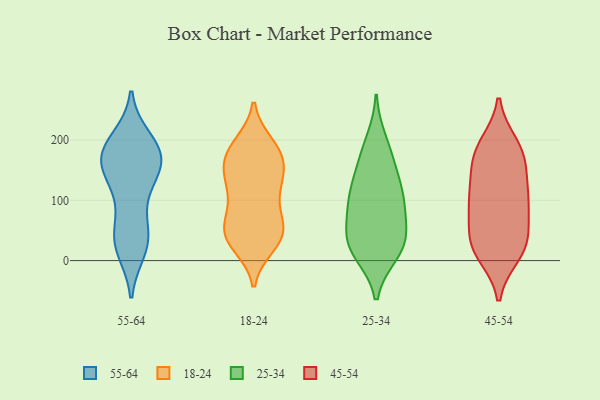
{"axis": {"x": "Website Visitors", "y": "Value"}, "legend": ["18-24", "25-34", "45-54", "55-64"], "data": [{"x": "", "y": 106, "type": "55-64"}, {"x": "", "y": 164, "type": "55-64"}, {"x": "", "y": 176, "type": "55-64"}, {"x": "", "y": 168, "type": "55-64"}, {"x": "", "y": 121, "type": "55-64"}, {"x": "", "y": 193, "type": "55-64"}, {"x": "", "y": 158, "type": "55-64"}, {"x": "", "y": 200, "type": "55-64"}, {"x": "", "y": 39, "type": "55-64"}, {"x": "", "y": 182, "type": "55-64"}, {"x": "", "y": 52, "type": "55-64"}, {"x": "", "y": 32, "type": "55-64"}, {"x": "", "y": 28, "type": "55-64"}, {"x": "", "y": 150, "type": "55-64"}, {"x": "", "y": 19, "type": "55-64"}, {"x": "", "y": 170, "type": "55-64"}, {"x": "", "y": 113, "type": "18-24"}, {"x": "", "y": 32, "type": "18-24"}, {"x": "", "y": 190, "type": "18-24"}, {"x": "", "y": 159, "type": "18-24"}, {"x": "", "y": 193, "type": "18-24"}, {"x": "", "y": 36, "type": "18-24"}, {"x": "", "y": 145, "type": "18-24"}, {"x": "", "y": 79, "type": "18-24"}, {"x": "", "y": 170, "type": "18-24"}, {"x": "", "y": 119, "type": "18-24"}, {"x": "", "y": 140, "type": "18-24"}, {"x": "", "y": 46, "type": "18-24"}, {"x": "", "y": 50, "type": "18-24"}, {"x": "", "y": 26, "type": "18-24"}, {"x": "", "y": 178, "type": "18-24"}, {"x": "", "y": 179, "type": "18-24"}, {"x": "", "y": 131, "type": "18-24"}, {"x": "", "y": 80, "type": "18-24"}, {"x": "", "y": 48, "type": "18-24"}, {"x": "", "y": 49, "type": "18-24"}, {"x": "", "y": 41, "type": "25-34"}, {"x": "", "y": 26, "type": "25-34"}, {"x": "", "y": 54, "type": "25-34"}, {"x": "", "y": 113, "type": "25-34"}, {"x": "", "y": 199, "type": "25-34"}, {"x": "", "y": 15, "type": "25-34"}, {"x": "", "y": 28, "type": "25-34"}, {"x": "", "y": 100, "type": "25-34"}, {"x": "", "y": 167, "type": "25-34"}, {"x": "", "y": 12, "type": "25-34"}, {"x": "", "y": 163, "type": "25-34"}, {"x": "", "y": 118, "type": "25-34"}, {"x": "", "y": 77, "type": "25-34"}, {"x": "", "y": 105, "type": "25-34"}, {"x": "", "y": 25, "type": "45-54"}, {"x": "", "y": 150, "type": "45-54"}, {"x": "", "y": 11, "type": "45-54"}, {"x": "", "y": 177, "type": "45-54"}, {"x": "", "y": 93, "type": "45-54"}, {"x": "", "y": 112, "type": "45-54"}, {"x": "", "y": 89, "type": "45-54"}, {"x": "", "y": 20, "type": "45-54"}, {"x": "", "y": 95, "type": "45-54"}, {"x": "", "y": 144, "type": "45-54"}, {"x": "", "y": 177, "type": "45-54"}, {"x": "", "y": 186, "type": "45-54"}, {"x": "", "y": 21, "type": "45-54"}, {"x": "", "y": 35, "type": "45-54"}, {"x": "", "y": 46, "type": "45-54"}, {"x": "", "y": 97, "type": "45-54"}, {"x": "", "y": 192, "type": "45-54"}]}